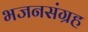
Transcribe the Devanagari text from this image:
भजनसंग्रह